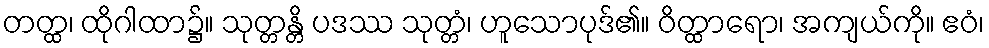
တတ္ထ၊ ထိုဂါထာ၌။ သုတ္တန္တိ ပဒဿ သုတ္တံ၊ ဟူသောပုဒ်၏။ ဝိတ္ထာရော၊ အကျယ်ကို။ ဧဝံ၊